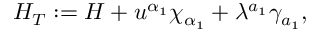
H _ { T } : = H + u ^ { \alpha _ { 1 } } \chi _ { \alpha _ { 1 } } + \lambda ^ { a _ { 1 } } \gamma _ { a _ { 1 } } ,